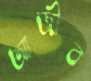
আজীব